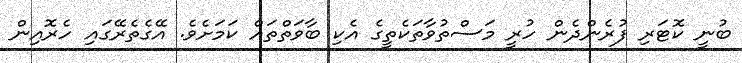
ބުނީ ކޮޓަރި ފުރެންދެން ހުރީ މަސްތުވާތަކެތީގެ އެކި ބާވަތްތައް ކަމަށެވެ. އޭގެތެރޭގައި ހެރޮއިން